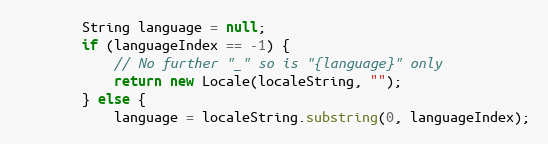
Language: Java
        String language = null;
        if (languageIndex == -1) {
            // No further "_" so is "{language}" only
            return new Locale(localeString, "");
        } else {
            language = localeString.substring(0, languageIndex);